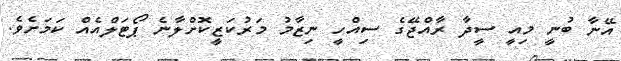
އޭނާ ބުނީ މިއީ ސީދާ ރާއްޖޭގެ ސިއްހީ ނިޒާމު މަރުކަޒީކޮށްލާނެ ޕޯޓަލްއެއް ކަމަށެވެ.